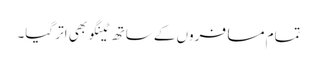
تمام مسافروں کے ساتھ ٹینگو بھی اتر گیا۔